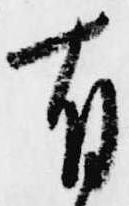
有